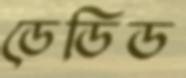
ডেডিড